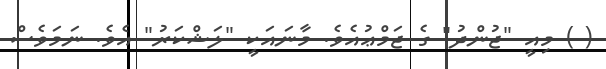
( ) މިއީ "ޖުންދު" ގެ ޖަމްޢުއެވެ. މާނައަކީ "ލަޝްކަރު" އެވެ. ނަމަވެސް